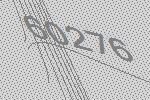
60276